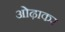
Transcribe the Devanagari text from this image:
ओढ़ाकर